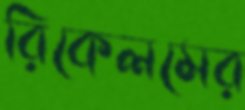
রিকেলমের